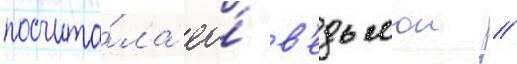
посчита́ла ео́ в'едьмои //